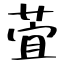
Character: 萓